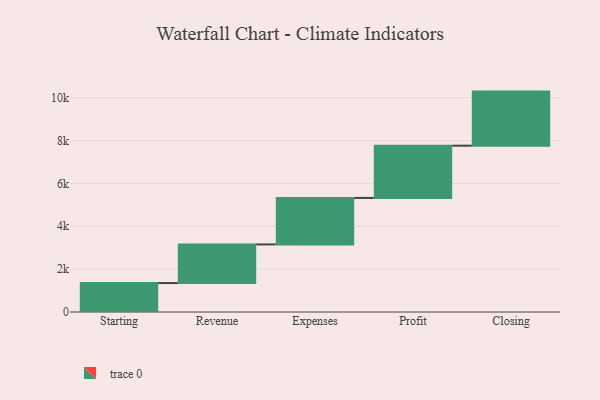
{"axis": {"x": "Step", "y": "Value"}, "legend": [""], "data": [{"x": "Starting", "y": 1351.0, "type": ""}, {"x": "Revenue", "y": 1802.0, "type": ""}, {"x": "Expenses", "y": 2169.0, "type": ""}, {"x": "Profit", "y": 2438.0, "type": ""}, {"x": "Closing", "y": 2524.0, "type": ""}]}